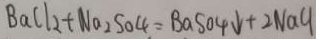
B a C l _ { 2 } + N a _ { 2 } S O _ { 4 } = B a S O _ { 4 } \downarrow + 2 N a C l